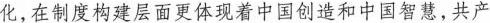
化，在制度构建层面更体现着中国创造和中国智慧，共产